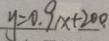
y = 0 . 9 x + 2 0 0